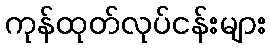
ကုန်ထုတ်လုပ်ငန်းများ